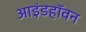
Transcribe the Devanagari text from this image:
आइंडहॉवन